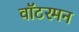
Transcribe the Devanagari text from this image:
वॉटरमन